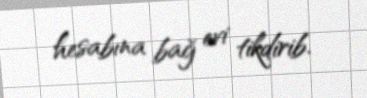
hesabına bağ evi tikdirib.